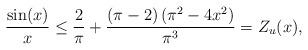
LaTeX: \begin{align*}\frac{\sin(x)}{x}\leq\frac{2}{\pi }+\frac{(\pi -2) \left(\pi ^2-4 x^2\right)}{\pi^3}=Z_u(x),\end{align*}